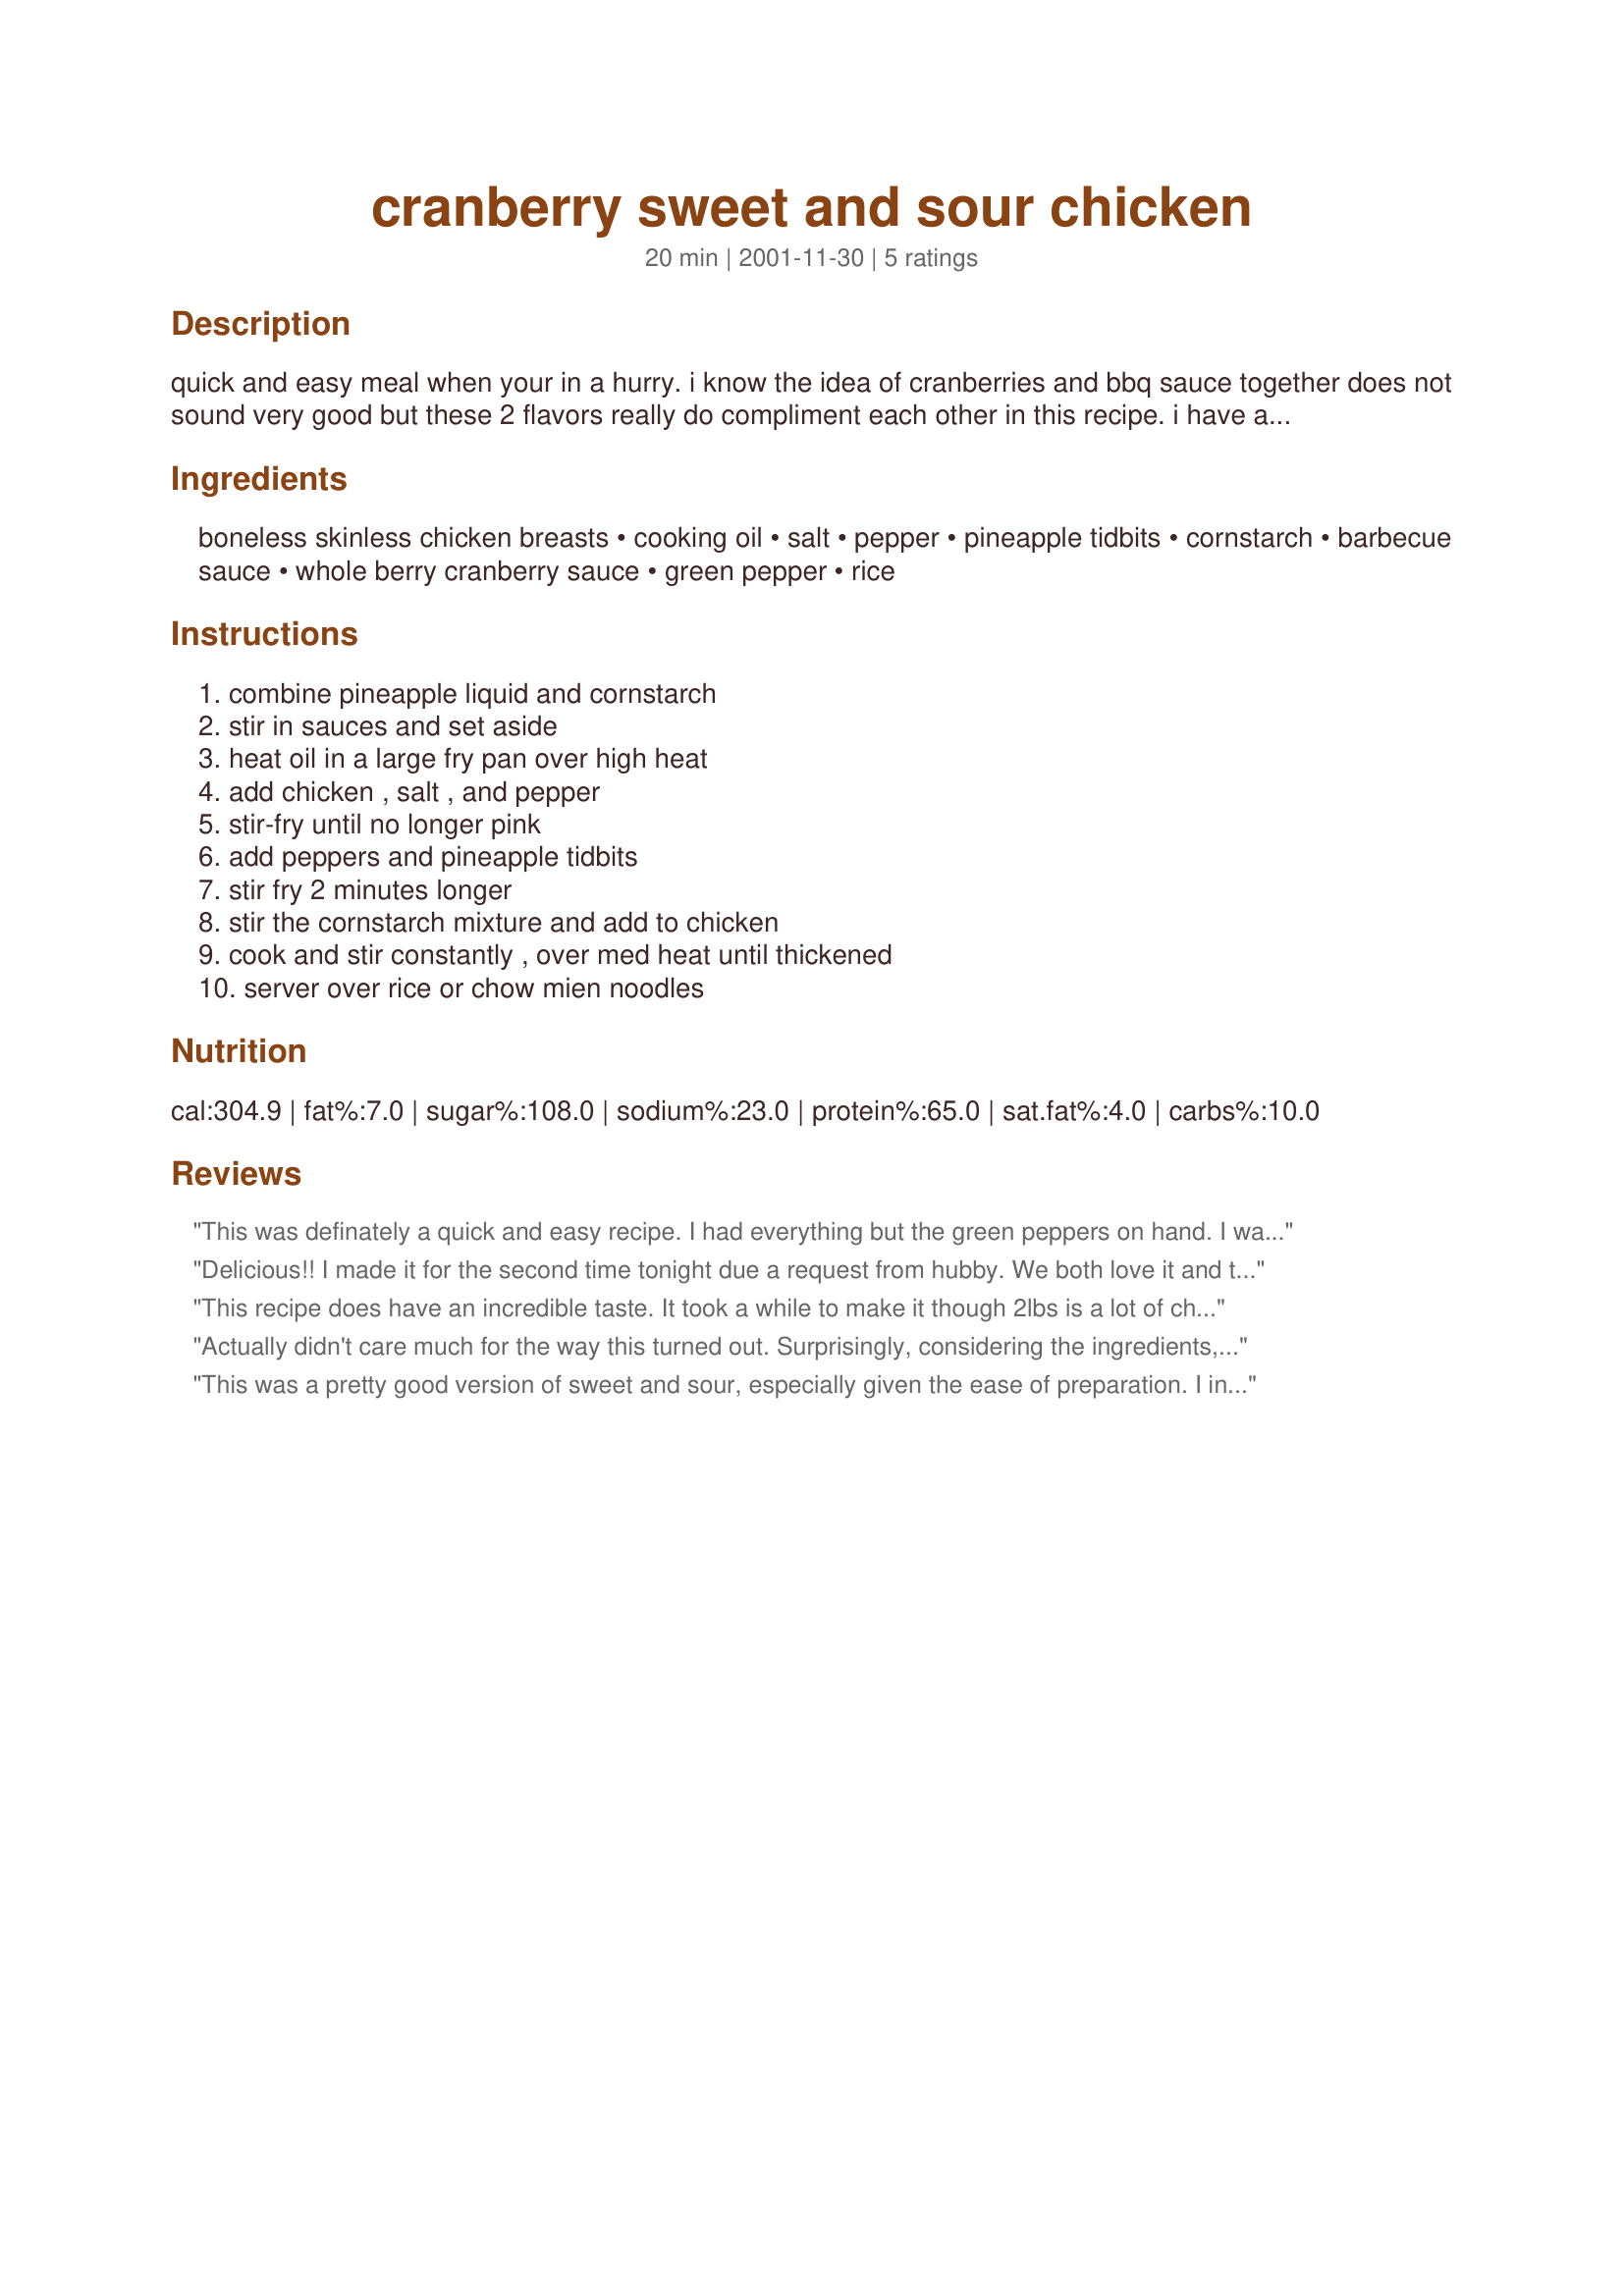
cranberry sweet and sour chicken
Preparation time: 20 minutes

quick and easy meal when your in a hurry. i know the idea of cranberries and bbq sauce together does not sound very good but these 2 flavors really do compliment each other in this recipe. i have also used pork when making this dish.

Ingredients:
boneless skinless chicken breasts, cooking oil, salt, pepper, pineapple tidbits, cornstarch, barbecue sauce, whole berry cranberry sauce, green pepper, rice

Steps:
combine pineapple liquid and cornstarch, stir in sauces and set aside, heat oil in a large fry pan over high heat, add chicken , salt , and pepper, stir-fry until no longer pink, add peppers and pineapple tidbits, stir fry 2 minutes longer, stir the cornstarch mixture and add to chicken, cook and stir constantly , over med heat until thickened, server over rice or chow mien noodles

Reviews:
This was definately a quick and easy recipe. I had everything but the green peppers on hand. I wanted to try a different Sweet and Sour Chicken recipe and this one was different. The family all liked this well enough. I may make it again. But it just seemed to be missing something to me. Not quite sure. It seemed to still have a bit of a barbeque sauce taste and smell to it. Maybe next time i'll try to increase the cranberry sauce and maybe lessen the barbeque sauce. But still...in a pinch, this was a good recipe. I gave 4 stars instead of 5 just because it wasn't "excellent" in my opinion. But again, my family did enjoy this. We ate it over white rice and served some teryiakki noodles on the side.
Delicious!! I made it for the second time tonight due a request from hubby. We both love it and the recipe makes enough for hubby to re-heat the next day for lunch. Very tasty and a real nice change from your regular sweet and sour. Thanks for the keeper.
This recipe does have an incredible taste. It took a while to make it though 2lbs is a lot of chicken to cut up.
Actually didn't care much for the way this turned out. Surprisingly, considering the ingredients, I thought it tasted quite bland. While simple, I probably won't make this again.
This was a pretty good version of sweet and sour, especially given the ease of preparation. I increased the cranberry sauce, using almost an entire can. Otherwise made as directed.
